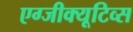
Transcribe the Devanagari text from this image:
एग्जीक्यूटिव्स